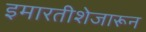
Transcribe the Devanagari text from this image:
इमारतीशेजारून